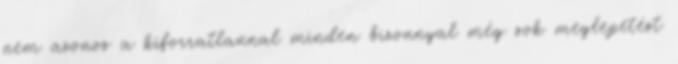
nem azonos a kiforratlannal minden bizonnyal még sok meglepetést